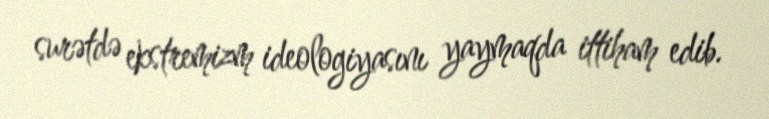
surətdə ekstremizm ideologiyasını yaymaqda ittiham edib.